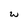
Character: w